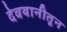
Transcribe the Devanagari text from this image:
देवयानीतून